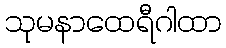
သုမနာထေရီဂါထာ